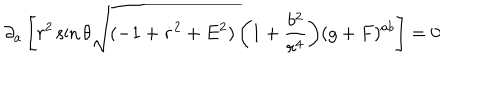
\partial _ { a } \left[ r ^ { 2 } \sin \theta \sqrt { ( - 1 + \dot { r } ^ { 2 } + E ^ { 2 } ) \left( 1 + \frac { b ^ { 2 } } { r ^ { 4 } } \right) } ( g + F ) ^ { a b } \right] = 0